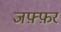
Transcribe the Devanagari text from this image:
जफ़्फ़र